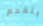
يتقدم